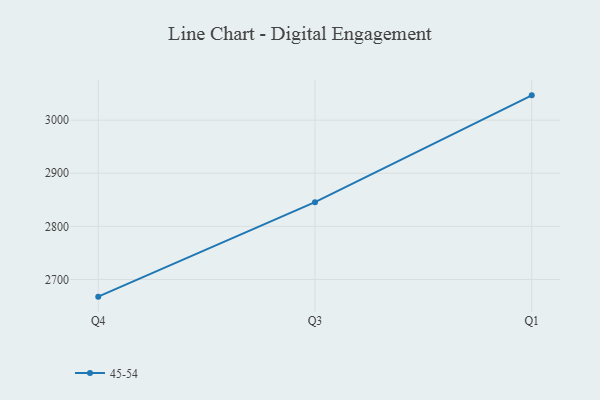
{"axis": {"x": "Quarter", "y": "Headcount"}, "legend": ["45-54"], "data": [{"x": "Q4", "y": 2667.7, "type": "45-54"}, {"x": "Q3", "y": 2845.5, "type": "45-54"}, {"x": "Q1", "y": 3046.7, "type": "45-54"}]}